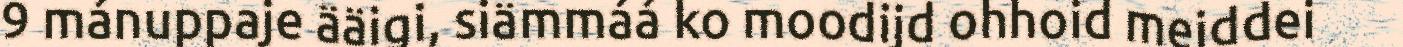
9 mánuppaje ääigi, siämmáá ko moodijd ohhoid meiddei